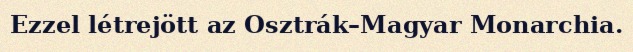
Ezzel létrejött az Osztrák–Magyar Monarchia.